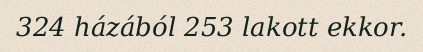
324 házából 253 lakott ekkor.